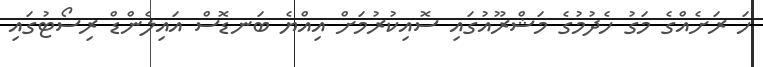
ހަ ރަށެއްގެ މަގު ހެދުމުގެ މަޝްރޫއުގައި ސޮއިކުރުމަށް އިއްޔެ ބަނޑޮސް އައިލެންޑް ރިސޯޓުގައި